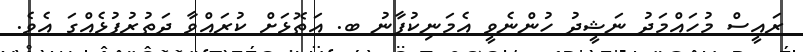
ރައީސް މުހައްމަދު ނަޝީދު ހުންނެވީ އެމަނިކުފާނު ބ. އަތޮޅަށް ކުރައްވާ ދަތުރުފުޅެއްގަ އެވެ.